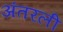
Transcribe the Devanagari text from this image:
अंतरली